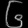
Digit: ၆